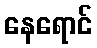
နေရောင်